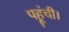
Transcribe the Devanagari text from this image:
पहूंची।